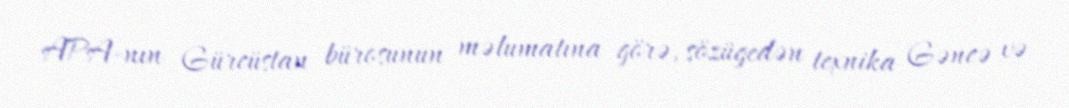
APA-nın Gürcüstan bürosunun məlumatına görə, sözügedən texnika Gəncə və